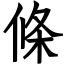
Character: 條